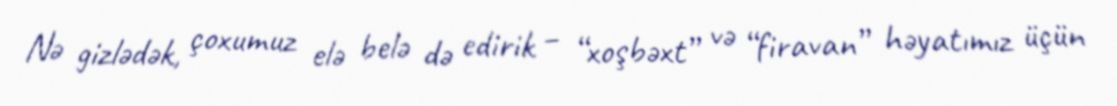
Nə gizlədək, çoxumuz elə belə də edirik – “xoşbəxt” və “firavan” həyatımız üçün